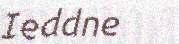
Ieddne